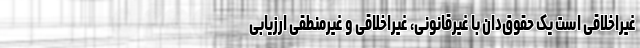
غیراخلاقی است یک حقوق‌دان با غیرقانونی، غیراخلاقی و غیرمنطقی ارزیابی